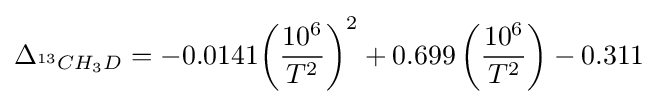
\Delta _{^{13}CH_{3}D}=-0.0141{\left({\frac {10^{6}}{T^{2}}}\right)}^{2}+0.699\left({\frac {10^{6}}{T^{2}}}\right)-0.311